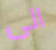
الى